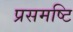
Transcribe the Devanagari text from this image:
प्रसमष्‍टि